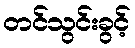
တင်သွင်းခွင့်